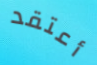
أعتقد